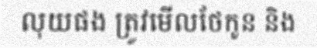
លុយផង ត្រូវមើលថែកូន និង